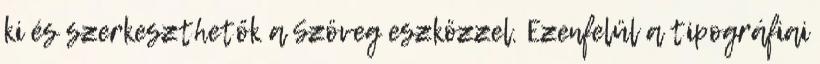
ki és szerkeszthetők a Szöveg eszközzel. Ezenfelül a tipográfiai